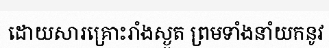
ដោយសារគ្រោះរាំងស្ងួត ព្រមទាំងនាំយកនូវ